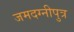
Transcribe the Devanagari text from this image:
जमदग्नीपुत्र